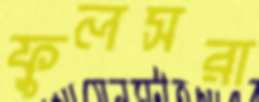
ফুলসরা